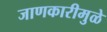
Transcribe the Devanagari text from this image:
जाणकारीमुळे